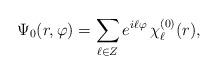
LaTeX: \begin{align*}\Psi _0(r,\varphi)=\sum _{\ell \in Z} e^{i\ell \varphi}\,\chi_\ell^{(0)}(r), \end{align*}